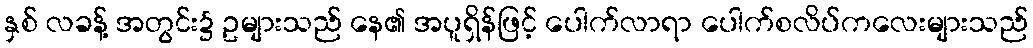
နှစ် လခန့် အတွင်း၌ ဥများသည် နေ၏ အပူရှိန်ဖြင့် ပေါက်လာရာ ပေါက်စလိပ်ကလေးများသည်